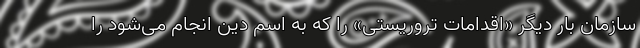
سازمان بار دیگر «اقدامات تروریستی» را که به اسم دین انجام می‌شود را